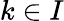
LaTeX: k\in{I}